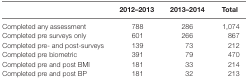
|  | 2012–2013 | 2013–2014 | Total |
 | --- | --- | --- | --- |
 | Completed any assessment | 788 | 286 | 1,074 |
 | Completed pre surveys only | 601 | 266 | 867 |
 | Completed pre- and post-surveys | 139 | 73 | 212 |
 | Completed pre biometric | 391 | 79 | 470 |
 | Completed pre and post BMI | 181 | 33 | 214 |
 | Completed pre and post BP | 181 | 32 | 213 |